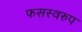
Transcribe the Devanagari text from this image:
फसस्वरुप